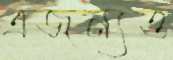
এজন্যও